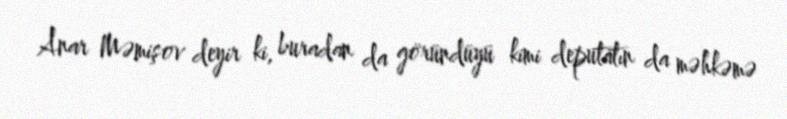
Anar Məmişov deyir ki, buradan da göründüyü kimi deputatın da məhkəmə